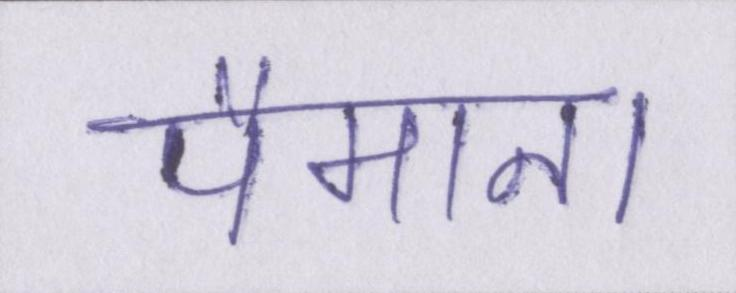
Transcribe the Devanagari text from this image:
पैमाना